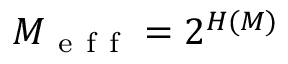
M _ { \mathrm { ~ e ~ f ~ f ~ } } = 2 ^ { H ( M ) }